Leningradi_Edasi_toimetus, lk 102
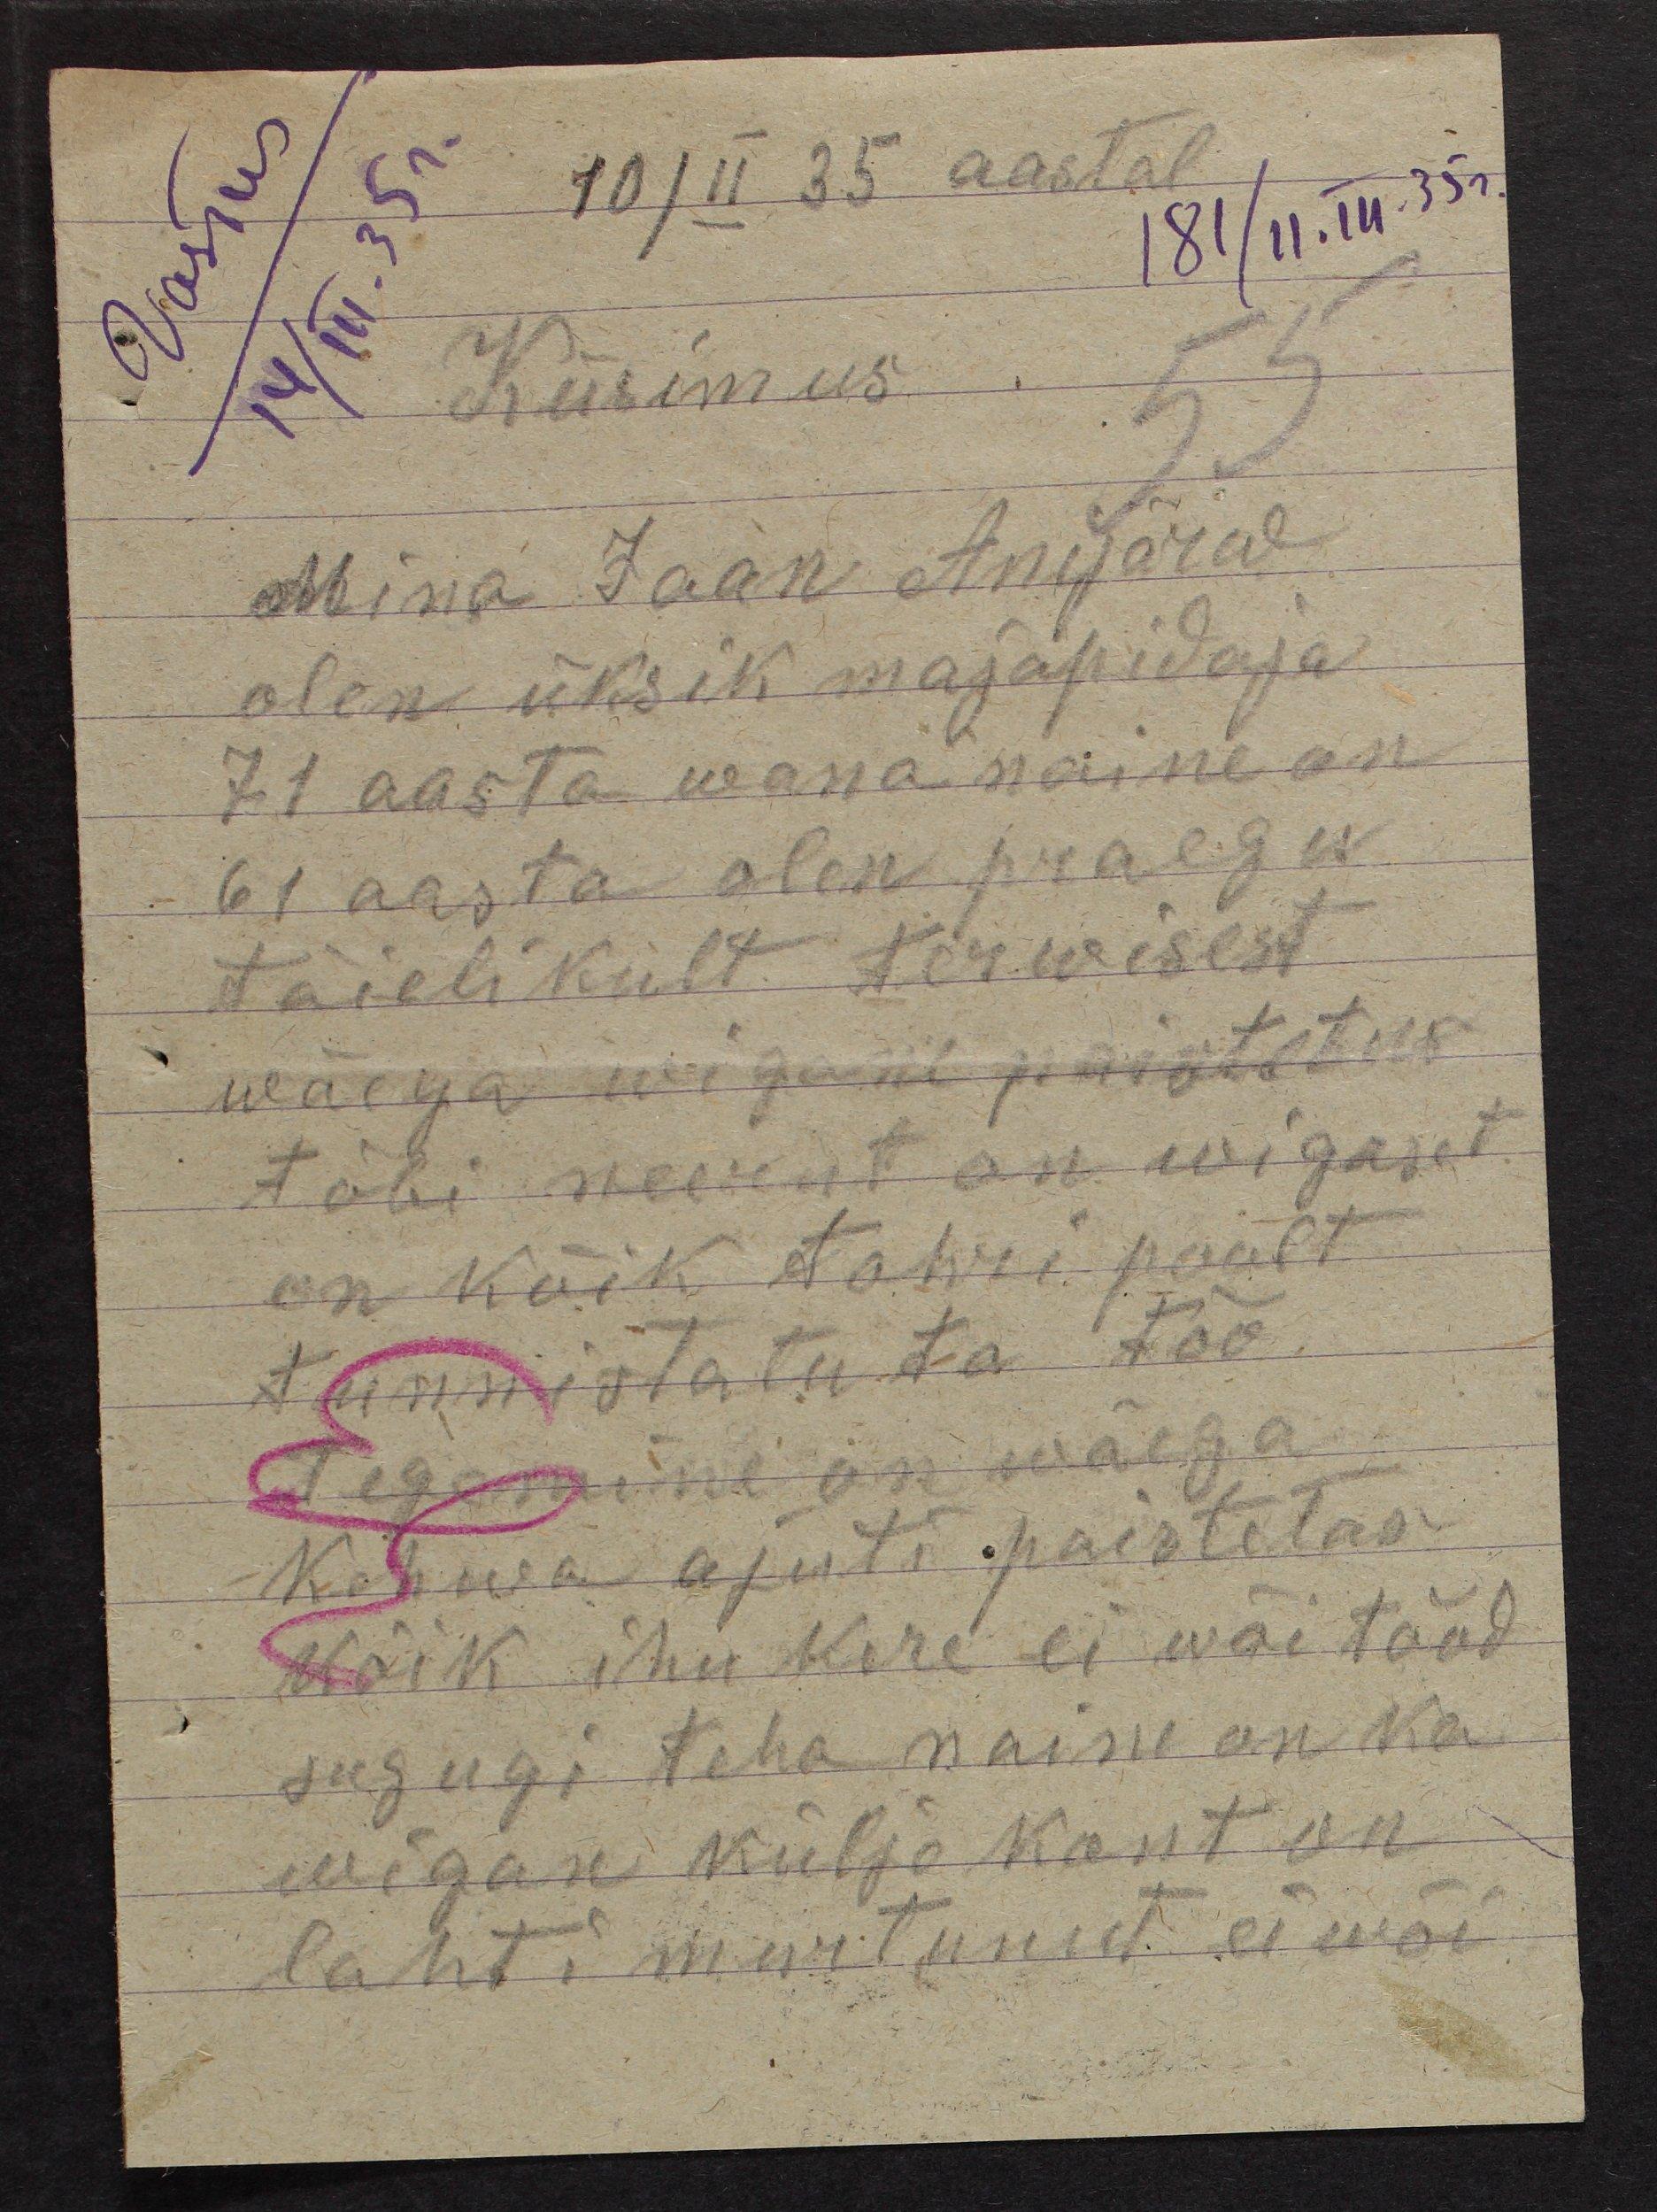
Vastus
14/III.35 г

10/II 35 aastal
181/11.III.35 г.
55
Küsimus
Mina Jaan Anijärw
olen üksik majapidaja
71 aasta wana naine on
61 aasta olen praegu
täielikult terwisest
wäega wigane paistetus
tõbi neerut on wigaset.
on kõik tohri poolt
tunnistatu ta töö
tegemine on wäega
kehwa ajuti paistetas
kõik ihu kere ei wõi tööd
sugugi teha naine on ka
wigan küljo kont on
lahti murtunut ei wõi